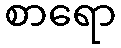
စာရော